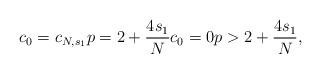
LaTeX: \begin{align*}c_0=c_{N, s_1} p=2+\frac{4s_1}{N} c_0=0 p>2+\frac{4s_1}{N},\end{align*}